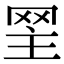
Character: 𦊝